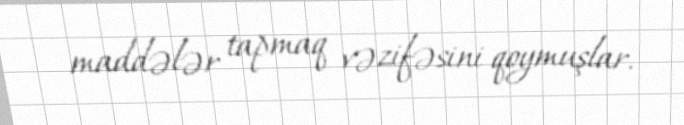
maddələr tapmaq vəzifəsini qoymuşlar.